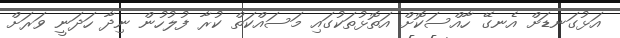
އަޅުގަނޑަށް އެނގޭ ހާއްސަކޮށް އަތޮޅުތަކުގައި މަސައްކަތް ކުރާ ފުލުހުން ނިދާ ހަދަނީ ވަރަށް